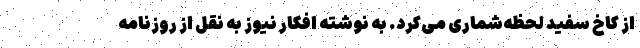
از کاخ سفید لحظه‌شماری می‌کرد. به نوشته افکار نیوز به نقل از روزنامه